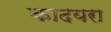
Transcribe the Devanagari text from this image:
कादयरा